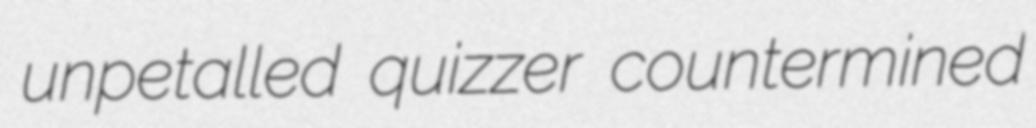
unpetalled quizzer countermined